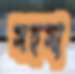
সহসা